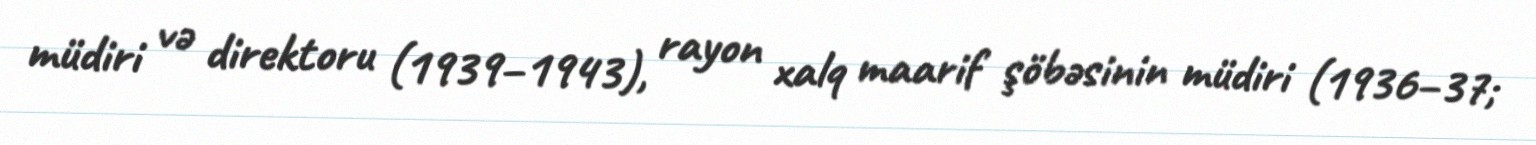
müdiri və direktoru (1939–1943), rayon xalq maarif şöbəsinin müdiri (1936–37;